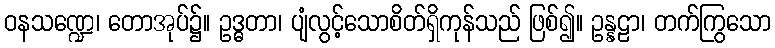
ဝနသဏ္ဍေ၊ တောအုပ်၌။ ဥဒ္ဓတာ၊ ပျံလွင့်သောစိတ်ရှိကုန်သည် ဖြစ်၍။ ဥန္နဠာ၊ တက်ကြွသော